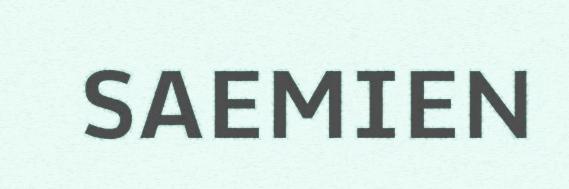
SAEMIEN